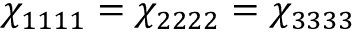
\chi _ { 1 1 1 1 } = \chi _ { 2 2 2 2 } = \chi _ { 3 3 3 3 }